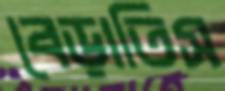
বেড়াতিস